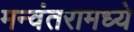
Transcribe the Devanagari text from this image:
मन्वंतरामध्ये